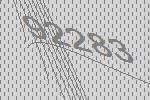
92283